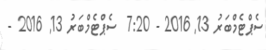
ސެޕްޓެމްބަރު 13